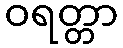
ဝရတ္တာ